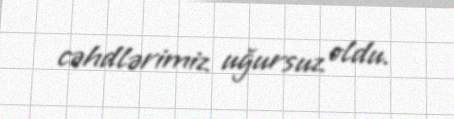
cəhdlərimiz uğursuz oldu.